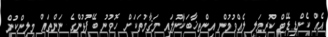
އެއް ކެންޑިޑޭޓް ކުރިމަލި ލެއްވުމުން އިންތިޚާބަކާނުލައި މަޤާމުތަކަށް ހޮވުނު ބޭފުޅުންގެ ނަންތައް މިލިންކުން